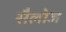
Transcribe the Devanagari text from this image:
सैलोज